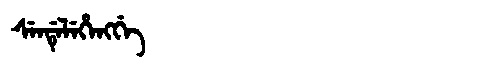
Manchu: ᠰᡝᠨᡩᡝᠯᡝᡥᡝᠩᡤᡝ
Romanization: SENDELEHENGGE